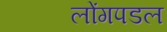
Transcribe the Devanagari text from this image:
लोंगपडल